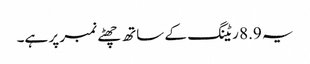
یہ 8.9 ریٹنگ کے ساتھ چھٹے نمبر پر ہے۔